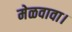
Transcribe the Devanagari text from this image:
मेळवावा।